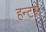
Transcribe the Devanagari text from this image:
हन्टर्स